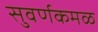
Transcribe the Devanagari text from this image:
सुवर्णकमळ